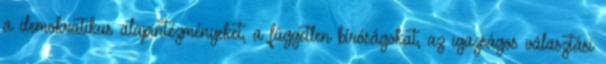
a demokratikus alapintézményeket, a független bíróságokat, az igazságos választási